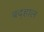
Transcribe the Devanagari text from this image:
बद्हाल